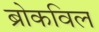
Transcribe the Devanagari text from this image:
ब्रोकविल